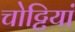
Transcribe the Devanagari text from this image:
चोट्टियां